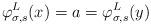
LaTeX: \begin{align*}\varphi^L_{\sigma, s}(x) = a = \varphi^L_{\sigma, s}(y)\end{align*}